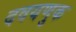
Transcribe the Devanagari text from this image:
दवयणुक